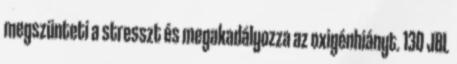
megszünteti a stresszt és megakadályozza az oxigénhiányt. 130 JBL